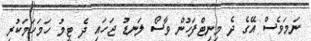
ނަމަވެސް އޭގެ ދެ މިނިޓްފަހުން ވާސޯ ލަނޑު ޖަހައި ދެ ޓީމު ހަމަހަމަކުރި